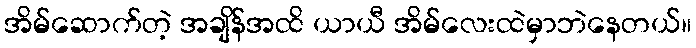
အိမ်ဆောက်တဲ့ အချိန်အထိ ယာယီ အိမ်လေးထဲမှာဘဲနေတယ်။